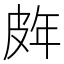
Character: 𭽨